Report of the Hyderabad Chloroform Commission
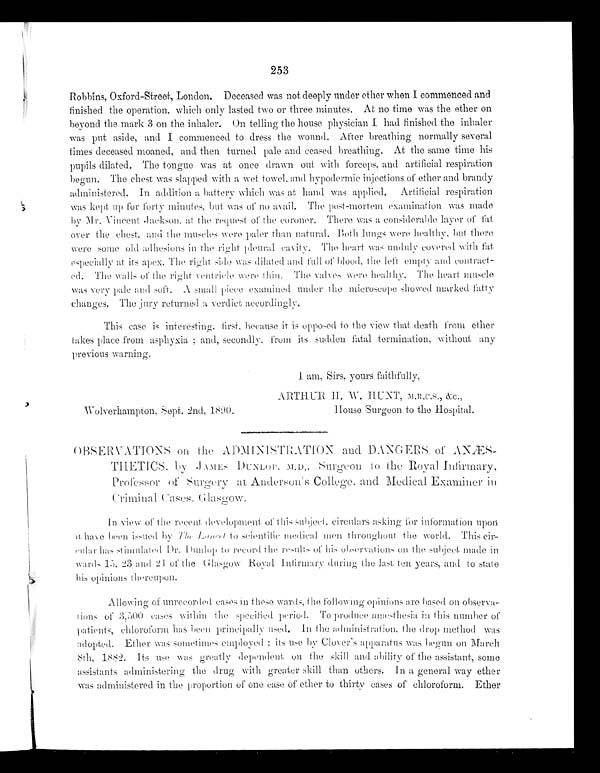
253
Robbins, Oxford-Street, London. Deceased was not deeply under ether when I commenced and
finished the operation, which only lasted two or three minutes. At no time was the ether on
beyond the mark 3 on the inhaler. On telling the house physician I had finished the inhaler
was put aside, and I commenced to dress the wound. After breathing normally several
times deceased moaned, and then turned pale and ceased breathing. At the same time his
pupils dilated. The tongue was at once drawn out with forceps, and artificial respiration
begun. The chest was slapped with a wet towel, and hypodermic injections of ether and brandy
administered. In addition a battery which was at hand was applied. Artificial respiration
was kept up for forty minutes, but w a s
o f n o a v a i l . T h e p o s t - m o r t e m e x a m i n a t i o n w a s made
by Mr.V i n c e n t J a c k s o n , a t t h e r e q u e s t o f t h e c o r o n e r . T h e r e w a s a c o n s i d e r a b l e l a y e r o f f a t
over the chest, and the muscles were paler than natural. Both lungs were healthy, but there
were some old adhesions in the right pleural cavity. The heart was unduly covered with fat
especially at its apex. The right side was dilated and full of blood, the left empty and contract-
ed. The walls of the right ventricle were thin. The valves were healthy. The heart muscle
was very pale and soft. A small piece examined under the microscope showed marked fatty
changes. The jury returned a verdict accordingly.
This case is interesting, firstb e c a u s e
i t i s o p p o s e d t o t h e v i e w t h a t d e a t h f r o m e t h e r
takes place from asphyxia; and, secondly, from its sudden fatal termination, without any
previous warning.
f a i t h f u l l y ,
ARTHUR H. W. HUNT, M.R.C.S., & c.,
Wolverhampton, Sept. 2nd, 1890
House Surgeon to the Hospital.
OBSERVATIONS on the ADMINISTRATION and DANGERS of AN
ÆS-THETICS. by JAMES DUNLOP M.D., Surgeon to the Royal Infirmary,
Professor of Surgery at Anderson's College, and Medical Examiner in
C r i m i n a l c a s e s , G l a s g o w .
In view of the recent development of this subject, circulars asking for information upon
it have been issued by The Lancett o
s c i e n t i f i c m e d i c a l m e n t h r o u g h o u t t h e w o r l d . T h i s cir-
cular has simulated Dr. Dunlop to record the result of his observations on the subject made in
wards 15, 23 and 24 of the Glasgow Royal Infirmary during the last ten years, and to state
his opinions thereupon.
Allowing of unrecorded cases in these Wards, the following opinions are based on observa-
tions of 3,500 cases within the specified period. To produce a næesthesia in this number of
patients,
chloroform has been principally used. In the administration, the drop method was
adopted. Ether was sometimes employed;i t s u s e b y
C l o v e r ' s a p p a r a t u s w a s b e g a n o n M a r c h
8th, 1882. Its use was greatly dependent on the skill and ability of the assistant, some
assistants administering the drug with greater skill than others. In a general way ether
was administered in the proportion of one case of ether to thirty cases of chloroform. Ether